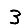
Digit: 3